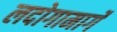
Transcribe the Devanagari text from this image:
लदोगामार्गे